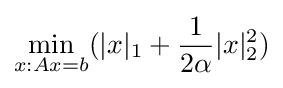
\min _{x:Ax=b}(|x|_{1}+{\frac {1}{2\alpha }}|x|_{2}^{2})